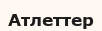
Атлеттер